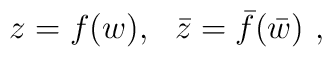
z=f(w), ~~\bar{z}=\bar{f}(\bar{w})~,